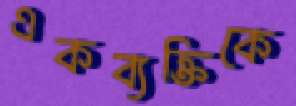
একব্যক্তিকে